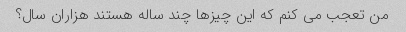
من تعجب می کنم که این چیزها چند ساله هستند هزاران سال؟